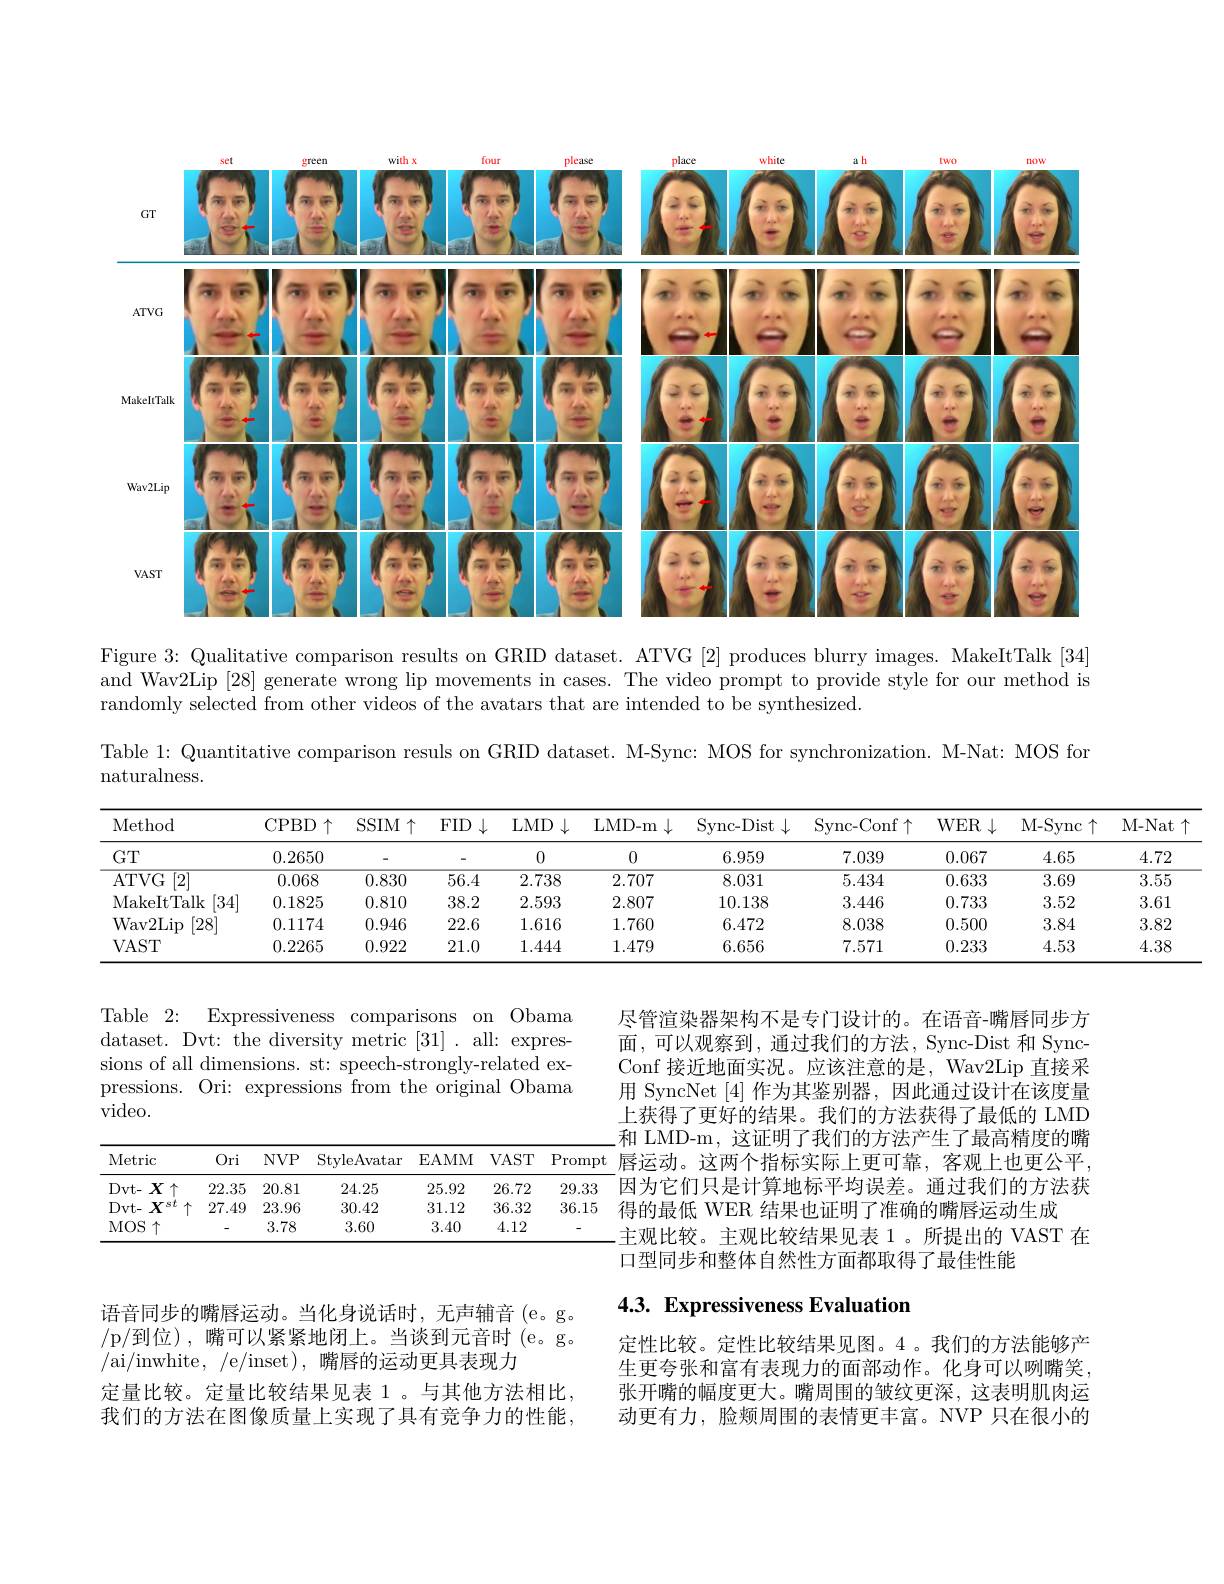
<FigureHere>

Figure 3: Qualitative comparison results on GRID dataset. ATVG [2] produces blurry images. MakeItTalk [34] and Wav2Lip [28] generate wrong lip movements in cases. The video prompt to provide style for our method is randomly selected from other videos of the avatars that are intended to be synthesized.

Table 1: Quantitative comparison resuls on GRID dataset. M-Sync: MOS for synchronization. M-Nat: MOS for

naturalness.

M- Nat$\uparrow$
<table>
	<tbody>
		<tr>
			<th>Method</th>
			<th>CPBD$\uparrow$</th>
			<th>SSIM $\uparrow$</th>
			<th>$FID$ $\downarrow$</th>
			<th>$LMD$ $1\downarrow$</th>
			<th>LMD- m $\downarrow$</th>
			<th>Sync- Dist</th>
			<th>Sync- Conf$\uparrow$</th>
			<th>$WER\downarrow$</th>
			<th>M- Sync c个</th>
			<th> </th>
		</tr>
		<tr>
			<td>$GT$</td>
			<td>0.2650</td>
			<td> </td>
			<td> </td>
			<td>0</td>
			<td>0</td>
			<td>6.959</td>
			<td>7.039</td>
			<td>0.067</td>
			<td>4.65</td>
			<td> </td>
		</tr>
		<tr>
			<td>ATVG [2]</td>
			<td>0.068</td>
			<td>0.830</td>
			<td>56.4</td>
			<td>2.738</td>
			<td>2.707</td>
			<td>8.031</td>
			<td>5.434</td>
			<td>0.633</td>
			<td>3.69</td>
			<td> </td>
		</tr>
		<tr>
			<td>MakeItTalk [34]</td>
			<td>0.1825</td>
			<td>0.810</td>
			<td>38.2</td>
			<td>2.593</td>
			<td>2.807</td>
			<td>10.138</td>
			<td>3.446</td>
			<td>0.733</td>
			<td>3.52</td>
			<td> </td>
		</tr>
		<tr>
			<td>Wav2Lip [28]</td>
			<td>0.1174</td>
			<td>0.946</td>
			<td>22.6</td>
			<td>1.616</td>
			<td>1.760</td>
			<td>6.472</td>
			<td>8.038</td>
			<td>0.500</td>
			<td>3.84</td>
			<td> </td>
		</tr>
		<tr>
			<td>$VAST$</td>
			<td>0.2265</td>
			<td>0.922</td>
			<td>21.0</td>
			<td>1.444</td>
			<td>1.479</td>
			<td>6.656</td>
			<td>7.571</td>
			<td>0.233</td>
			<td>4.53</td>
			<td> </td>
		</tr>
	</tbody>
</table>

Table 2: Expressiveness comparisons on Obama dataset. Dvt: the diversity metric [31]. all: expressions of all dimensions. st: speech-strongly-related expressions. Ori: expressions from the original Obama $\dot{\mathrm{video.}}$

尽管渲染器架构不是专门设计的。在语音-嘴唇同步方面，可以观察到，通过我们的方法，Sync-Dist 和 SyncConf 接近地面实况。应该注意的是，Wav2Lip 直接采用 SyncNet [4]作为其鉴别器，因此通过设计在该度量上获得了更好的结果。我们的方法获得了最低的 LMD 和 LMD-m, 这证明了我们的方法产生了最高精度的嘴唇运动。这两个指标实际上更可靠，客观上也更公平， 因为它们只是计算地标平均误差。通过我们的方法获得的最低 WER 结果也证明了准确的嘴唇运动生成
主观比较。主观比较结果见表 1。所提出的 VAST 在
口型同步和整体自然性方面都取得了最佳性能

<table>
	<tbody>
		<tr>
			<th>Metric</th>
			<th>Ori</th>
			<th>$NVP$</th>
			<th>StyleAvatar</th>
			<th>EAMM</th>
			<th>$VAST$</th>
			<th>$\operatorname{Prompt}$</th>
		</tr>
		<tr>
			<td>$Dvt-X$</td>
			<td>22.35</td>
			<td>20.81</td>
			<td>24.25</td>
			<td>25.92</td>
			<td>26.72</td>
			<td>29.33</td>
		</tr>
		<tr>
			<td>Dvt- $\boldsymbol{X}^{st}$</td>
			<td>27.49</td>
			<td>23.96</td>
			<td>30.42</td>
			<td>31.12</td>
			<td>36.32</td>
			<td>36.15</td>
		</tr>
		<tr>
			<td>MOS 个</td>
			<td>-</td>
			<td>3.78</td>
			<td>3.60</td>
			<td>3.40</td>
			<td>4.12</td>
			<td> </td>
		</tr>
	</tbody>
</table>

## 4.3. Expressiveness Evaluation

语音同步的嘴唇运动。当化身说话时，无声辅音(e。g。/ p/ 到位),嘴可以紧紧地闭上。当谈到元音时(e。g。/ai/inwhite,/e/inset),嘴唇的运动更具表现力
定量比较。定量比较结果见表 1。与其他方法相比我们的方法在图像质量上实现了具有竞争力的性能

定性比较。定性比较结果见图。4。我们的方法能够产生更夸张和富有表现力的面部动作。化身可以咧嘴笑张开嘴的幅度更大。嘴周围的皱纹更深，这表明肌肉运动更有力，脸颊周围的表情更丰富。NVP 只在很小的